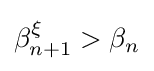
\beta _{n+1}^{\xi }>\beta _{n}